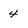
Character: 4